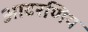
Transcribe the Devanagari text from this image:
आदरणिय